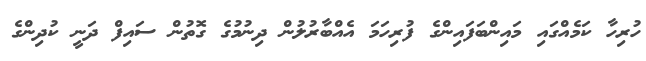
ހުރިހާ ކަމެއްގައި މައިންބަފައިންގެ ފުރިހަމަ އެއްބާރުލުން ދިނުމުގެ ގޮތުން ސައިފް ދަނީ ކުދިންގެ